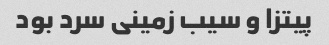
پیتزا و سیب زمینی سرد بود